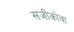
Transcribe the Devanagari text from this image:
सजींकोवा